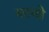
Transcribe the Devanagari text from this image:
काजो